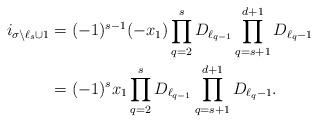
LaTeX: \begin{align*}i_{\sigma \setminus \ell_{s} \cup 1}&=(-1)^{s-1}(-x_1)\prod_{q=2}^{s}{D_{\ell_{q-1}}}\prod_{q=s+1}^{d+1}{D_{\ell_q-1}} \\&=(-1)^{s}x_1\prod_{q=2}^{s}{D_{\ell_{q-1}}}\prod_{q=s+1}^{d+1}{D_{\ell_q-1}}. \end{align*}